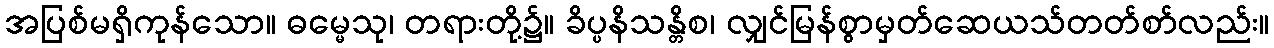
အပြစ်မရှိကုန်သော။ ဓမ္မေသု၊ တရားတို့၌။ ခိပ္ပနိသန္တိစ၊ လျှင်မြန်စွာမှတ်ဆေယသ်တတ်စာ်လည်း။